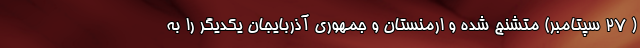
( ۲۷ سپتامبر) متشنج شده و ارمنستان و جمهوری آذربایجان یکدیگر را به